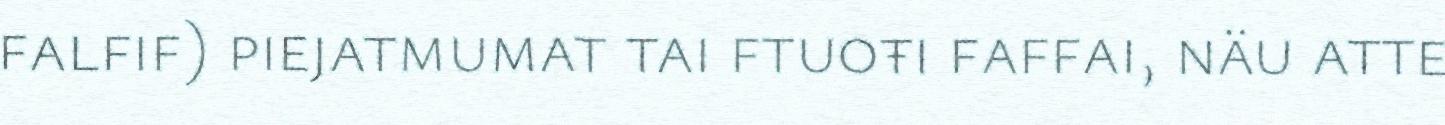
falfif) piejatmumat tai ftuoŧi faffai, näu atte